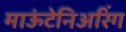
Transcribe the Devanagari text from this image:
माऊंटेनिअरिंग